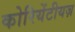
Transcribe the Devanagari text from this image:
कोरियेंटीयज़